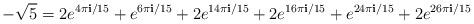
LaTeX: \begin{align*}-\sqrt{5} = 2e^{4\pi {\bf i}/15}+e^{6\pi{\bf i}/15}+2e^{14\pi{\bf i}/15}+2e^{16\pi{\bf i}/15}+e^{24\pi{\bf i}/15}+2e^{26\pi{\bf i}/15}\end{align*}